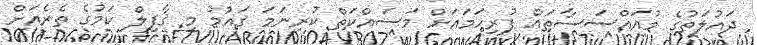
ދައުލަތުގެ މުއައްސަސާތައް ފުރިހަމައަށް މަސައްކަތް ކުރިނަމަ ޤައުމު މި ޤާފިލް ކަމުގެ ތެރެއަށް